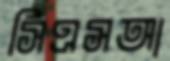
সিএসআ